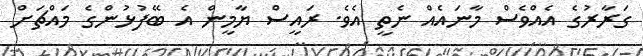
ގަރާރުގެ އެއްވެސް މާނައެއް ނެތީ އެވެ. ރައީސް ޔާމީން އެ ބޭފުޅުންގެ މައްޗަށް